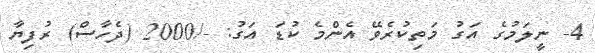
4- ނީލަމުގެ އަގު މަތިކުރެވޭ އެންމެ ކުޑަ އަގު: -/2000 (ދެހާސް) ރުފިޔާ